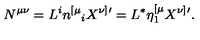
N ^ { \mu \nu } = L ^ { i } n ^ { [ \mu } { } _ { i } X ^ { \nu ] } { } ^ { \prime } = L ^ { * } \eta _ { 1 } ^ { [ \mu } X ^ { \nu ] } { } ^ { \prime } .